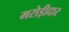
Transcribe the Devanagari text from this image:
मरोड़ीदार